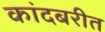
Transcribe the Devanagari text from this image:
कांदबरीत